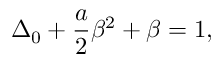
\Delta _ { 0 } + \frac { a } { 2 } \beta ^ { 2 } + \beta = 1 ,